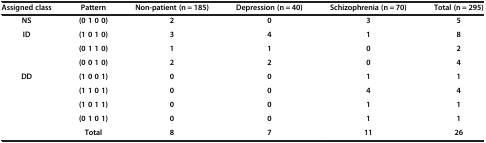
<table><thead><tr><td><b>Assigned class</b></td><td><b>Pattern</b></td><td><b>Non-patient (n = 185)</b></td><td><b>Depression (n = 40)</b></td><td><b>Schizophrenia (n = 70)</b></td><td><b>Total (n = 295)</b></td></tr></thead><tbody><tr><td><b>NS</b></td><td><b>(0 1 0 0)</b></td><td><b>2</b></td><td><b>0</b></td><td><b>3</b></td><td><b>5</b></td></tr><tr><td rowspan="3"><b>ID</b></td><td><b>(1 0 1 0)</b></td><td><b>3</b></td><td><b>4</b></td><td><b>1</b></td><td><b>8</b></td></tr><tr><td><b>(0 1 1 0)</b></td><td><b>1</b></td><td><b>1</b></td><td><b>0</b></td><td><b>2</b></td></tr><tr><td><b>(0 0 1 0)</b></td><td><b>2</b></td><td><b>2</b></td><td><b>0</b></td><td><b>4</b></td></tr><tr><td rowspan="4"><b>DD</b></td><td><b>(1 0 0 1)</b></td><td><b>0</b></td><td><b>0</b></td><td><b>1</b></td><td><b>1</b></td></tr><tr><td><b>(1 1 0 1)</b></td><td><b>0</b></td><td><b>0</b></td><td><b>4</b></td><td><b>4</b></td></tr><tr><td><b>(1 0 1 1)</b></td><td><b>0</b></td><td><b>0</b></td><td><b>1</b></td><td><b>1</b></td></tr><tr><td><b>(0 1 0 1)</b></td><td><b>0</b></td><td><b>0</b></td><td><b>1</b></td><td><b>1</b></td></tr><tr><td> </td><td><b>Total</b></td><td><b>8</b></td><td><b>7</b></td><td><b>11</b></td><td><b>26</b></td></tr></tbody></table>